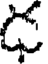
డ